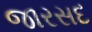
જારસદ